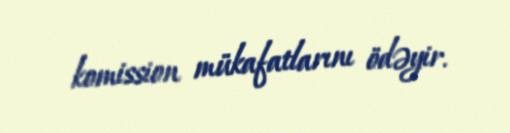
komission mükafatlarını ödəyir.